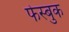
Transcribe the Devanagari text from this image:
फेस्बुक